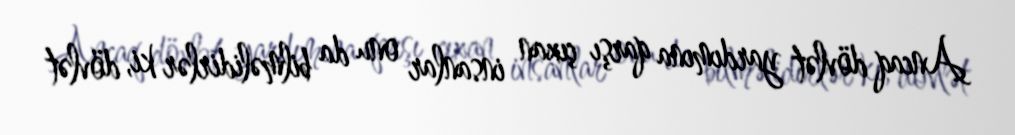
Ancaq dövlət yardımına qarşı çıxan insanlar onu da bilməlidirlər ki, dövlət